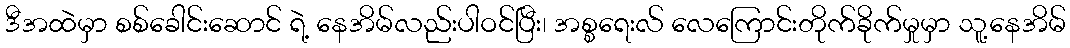
ဒီအထဲမှာ စစ်ခေါင်းဆောင် ရဲ့ နေအိမ်လည်းပါဝင်ပြီး၊ အစ္စရေးလ် လေကြောင်းတိုက်ခိုက်မှုမှာ သူ့နေအိမ်